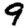
Digit: 9